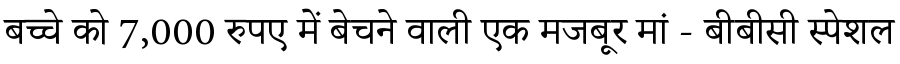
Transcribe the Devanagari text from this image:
बच्चे को 7,000 रुपए में बेचने वाली एक मजबूर मां - बीबीसी स्पेशल